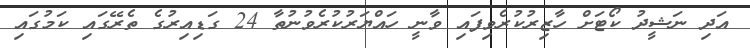
އަދި ނަޝީދު ކޯޓަށް ހާޒިރުކުރެވިފައި ވާނީ ހައްޔަރުކުރެވުނުތާ 24 ގަޑިއިރުގެ ތެރޭގައި ކަމުގައި